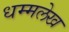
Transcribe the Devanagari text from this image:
धम्मलेख